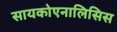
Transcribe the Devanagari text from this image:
सायकोएनालिसिस